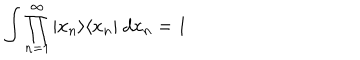
LaTeX: \int \prod _ { n = 1 } ^ { \infty } | x _ { n } \rangle \langle x _ { n } | ~ d x _ { n } = 1